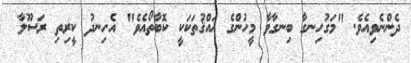
ދެންނެވިއެވެ. "މަގުހިނގާ ބިނގާވާ މީހުންގެ ޙައްޤުތަކަކީ ކޮބާތޯއެވެ" އެހިނދު ކީރިތި ރަސޫލާ